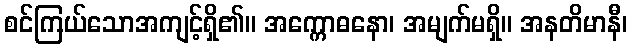
စင်ကြယ်သောအကျင့်ရှိ၏။ အက္ကောဓနော၊ အမျက်မရှိ။ အနတိမာနီ၊